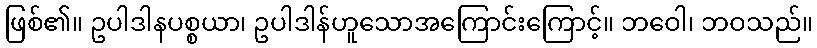
ဖြစ်၏။ ဥပါဒါနပစ္စယာ၊ ဥပါဒါန်ဟူသောအကြောင်းကြောင့်။ ဘဝေါ၊ ဘဝသည်။